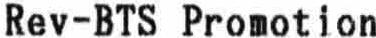
REV-BTS PROMOTION